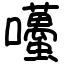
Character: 囆